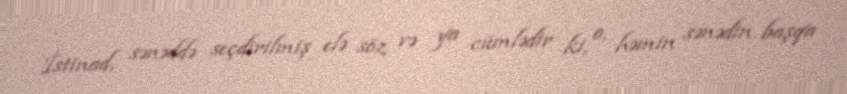
İstinad, sənəddə seçdirilmiş elə söz və ya cümlədir ki, o, həmin sənədin başqa